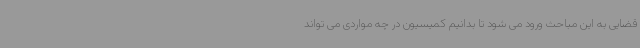
قضایی به این مباحث ورود می شود تا بدانیم کمیسیون در چه مواردی می تواند